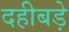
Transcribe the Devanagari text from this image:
दहीबड़े